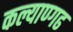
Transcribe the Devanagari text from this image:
कल्याण्गढ